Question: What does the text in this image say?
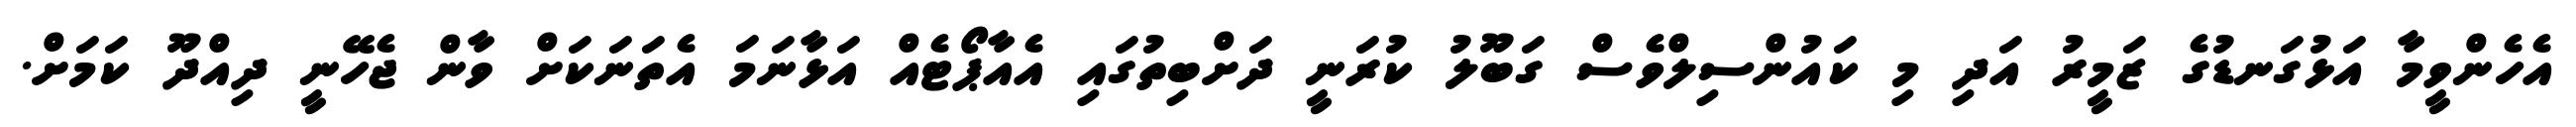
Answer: އެހެންވީމާ އަޅުގަނޑުގެ ޒަމީރު އަދި މި ކައުންސިލްވެސް ގަބޫލު ކުރަނީ ދަށްބިތުގައި އެއާޕޯޓެއް އަޅާނަމަ އެތަނަކަށް ވާން ޖެހޭނީ ދިއްދޫ ކަމަށް.